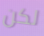
لكن